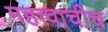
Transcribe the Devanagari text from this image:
महत्त्वाचीच